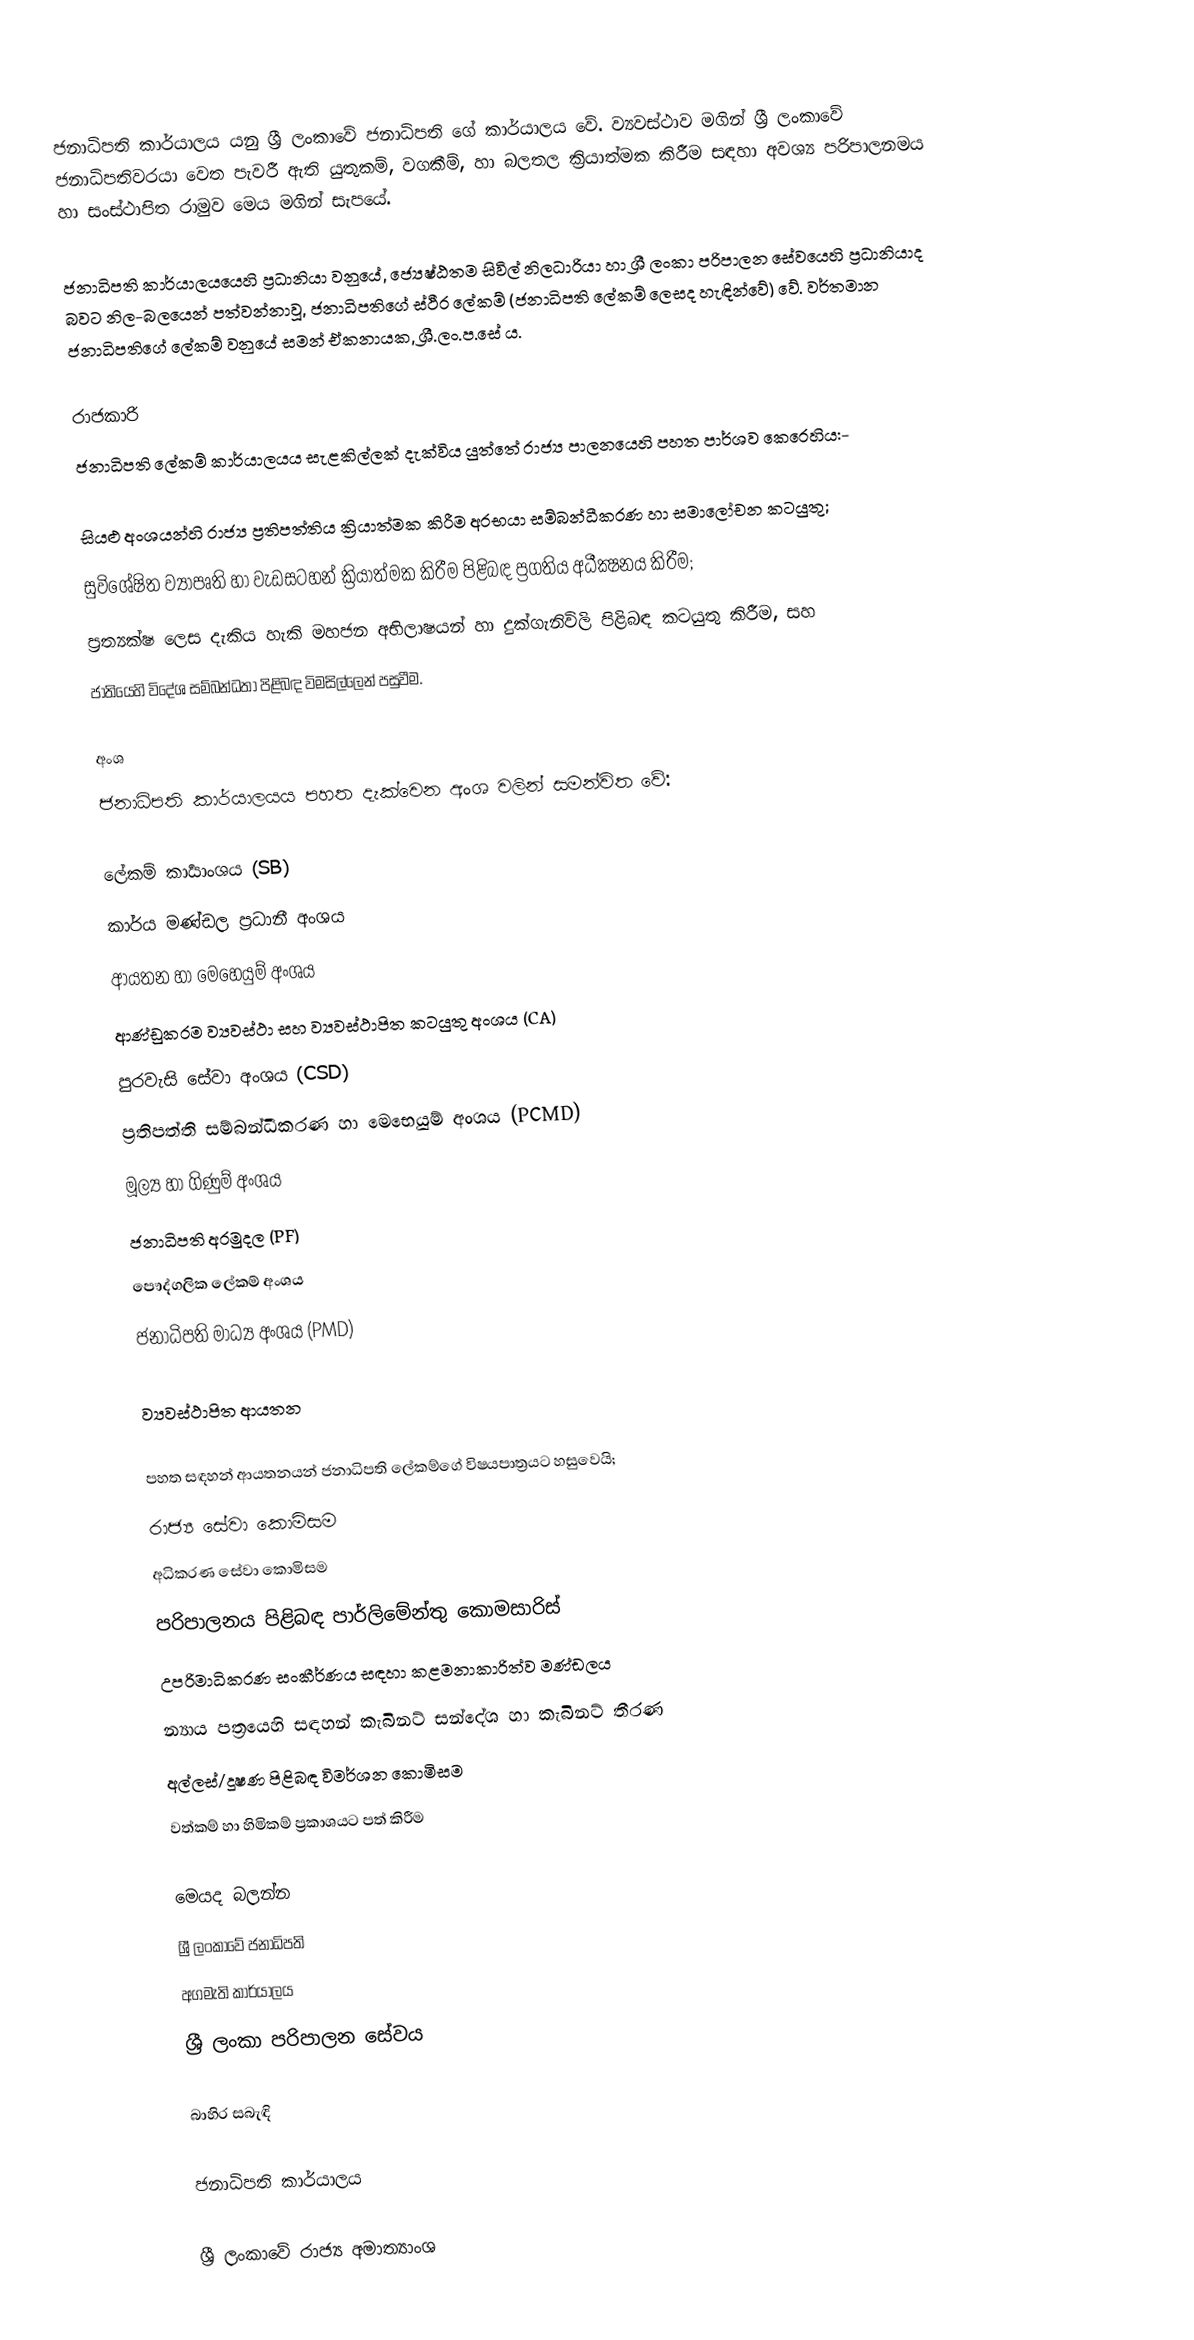
ජනාධිපති කාර්යාලය යනු  ශ්‍රී ලංකාවේ ජනාධිපති ගේ කාර්යාලය වේ. ව්‍යවස්ථාව මගින් ශ්‍රී ලංකාවේ ජනාධිපතිවරයා වෙත පැවරී ඇති යුතුකම්, වගකීම්, හා බලතල ක්‍රියාත්මක කිරීම සඳහා අවශ්‍ය පරිපාලනමය හා සංස්ථාපිත රාමුව මෙය මගින් සැපයේ.

ජනාධිපති කාර්යාලයයෙහි ප්‍රධානියා වනුයේ, ජ්‍යෙෂ්ඨතම  සිවිල් නිලධාරියා හා ශ්‍රී ලංකා පරිපාලන සේවයෙහි ප්‍රධානියාද බවට නිල-බලයෙන් පත්වන්නාවූ, ජනාධිපතිගේ ස්ථීර ලේකම් (ජනාධිපති ලේකම් ලෙසද හැඳින්වේ) වේ. වර්තමාන ජනාධිපතිගේ ලේකම් වනුයේ සමන් ඒකනායක, ශ්‍රී.ලං.ප.සේ ය.

රාජකාරි
ජනාධිපති ලේකම් කාර්යාලයය සැළකිල්ලක් දැක්විය යුත්තේ රාජ්‍ය පාලනයෙහි පහත පාර්ශව කෙරෙහිය:-

 සියළු අංශයන්හි රාජ්‍ය ප්‍රතිපත්තිය ක්‍රියාත්මක කිරීම අරභයා සම්බන්ධීකරණ හා සමාලෝචන කටයුතු;
 සුවිශේෂිත ව්‍යාපෘති හා වැඩසටහන් ක්‍රියාත්මක කිරීම පිළිබඳ ප්‍රගතිය අධීක්‍ෂනය කිරීම;
 ප්‍රත්‍යක්ෂ ලෙස දැකිය හැකි මහජන අභිලාෂයන් හා දුක්ගැනිවිලි පිළිබඳ කටයුතු කිරීම, සහ
 ජාතියෙහි විදේශ සම්බන්ධතා පිළිබඳ විමසිල්ලෙන් පසුවීම.

අංශ
ජනාධිපති කාර්යාලයය පහත දැක්වෙන අංශ වලින් සමන්විත වේ:

ලේකම් කාර්‍යාංශය (SB)
කාර්ය මණ්ඩල ප්‍රධානී අංශය
ආයතන හා මෙහෙයුම් අංශය
ආණ්ඩුක‍්‍රම ව්‍යවස්ථා සහ ව්‍යවස්ථාපිත කටයුතු අංශය (CA)
පුරවැසි සේවා අංශය (CSD)
ප‍්‍රතිපත්ති සම්බන්ධීකරණ හා මෙභෙයුම් අංශය (PCMD)
මූල්‍ය හා ගිණුම් අංශය
ජනාධිපති අරමුදල (PF)
පෞද්ගලික ලේකම් අංශය
ජනාධිපති මාධ්‍ය අංශය (PMD)

ව්‍යවස්ථාපිත ආයතන

පහත සඳහන් ආයතනයන් ජනාධිපති ලේකම්ගේ විෂයපාත්‍රයට හසුවෙයි;
 රාජ්‍ය සේවා කොමිසම
 අධිකරණ සේවා කොමිසම
 පරිපාලනය පිළිබඳ පාර්ලිමේන්තු කොමසාරිස්
 උපරිමාධිකරණ සංකීර්ණය සඳහා කළමනාකාරිත්ව මණ්ඩලය
 න්‍යාය පත්‍රයෙහි සඳහන් කැබිනට් සන්දේශ හා කැබිනට් තීරණ
 අල්ලස්/දූෂණ පිළිබඳ විමර්ශන කොමිසම
 වත්කම් හා හිමිකම් ප්‍රකාශයට පත් කිරීම

මෙයද බලන්න
ශ්‍රී ලංකාවේ ජනාධිපති
අගමැති කාර්යාලය
ශ්‍රී ලංකා පරිපාලන සේවය

බාහිර සබැඳි

 ජනාධිපති කාර්යාලය

ශ්‍රී ලංකාවේ රාජ්‍ය අමාත්‍යාංශ